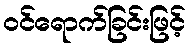
ဝင်ရောက်ခြင်းဖြင့်